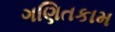
ગણિતકામ